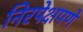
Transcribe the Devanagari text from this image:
निरपेक्षपणे